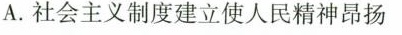
A.社会主义制度建立使人民精神昂扬